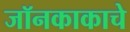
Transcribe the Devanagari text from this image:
जॉनकाकाचे